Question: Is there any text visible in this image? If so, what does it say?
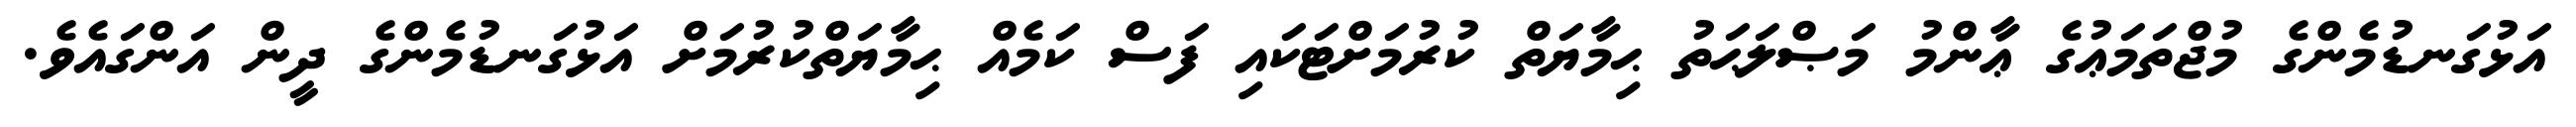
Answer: އަޅުގަނޑުމެންގެ މުޖްތަމަޢުގެ ޢާންމު މަޞްލަޙަތު ޙިމާޔަތް ކުރުމަށްޓަކައި ފަސް ކަމެއް ޙިމާޔަތްކުރުމަށް އަޅުގަނޑުމެންގެ ދީން އަންގައެވެ.